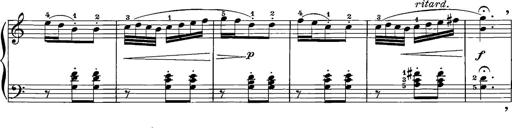
Title: 12 Sonatinas
Composer: Ignaz Pleyel